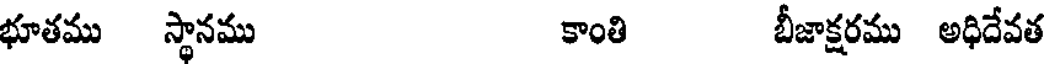
భూతము స్థానము కాంతి బీజాక్షరము అధిదేవత